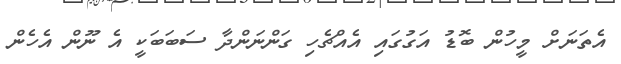
އެތަނަށް މީހުން ބޮޑު އަގުގައި އެއްޗެހި ގަންނަންދާ ސަބަބަކީ އެ ނޫން އެހެން